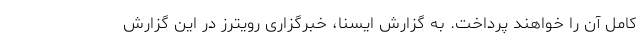
کامل آن را خواهند پرداخت. به گزارش ایسنا، خبرگزاری رویترز در این گزارش